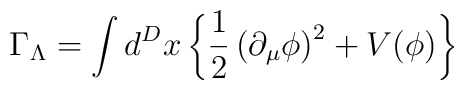
\Gamma_{\Lambda}=\int d^Dx \left\{ \frac{1}{2}\left(\partial_{\mu} \phi \right)^2+ V(\phi) \right\}